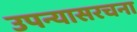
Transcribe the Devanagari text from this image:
उपन्यासरचना